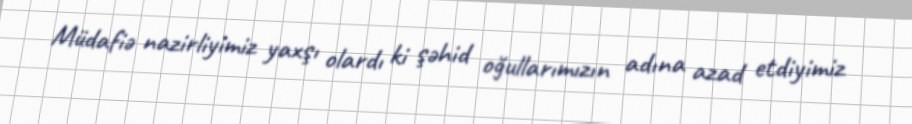
Müdafiə nazirliyimiz yaxşı olardı ki şəhid oğullarımızın adına azad etdiyimiz